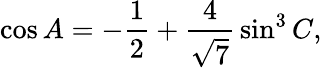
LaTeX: \cos A=-{\frac{1}{2}}+{\frac{4}{\sqrt{7}}}\sin^{3}C,